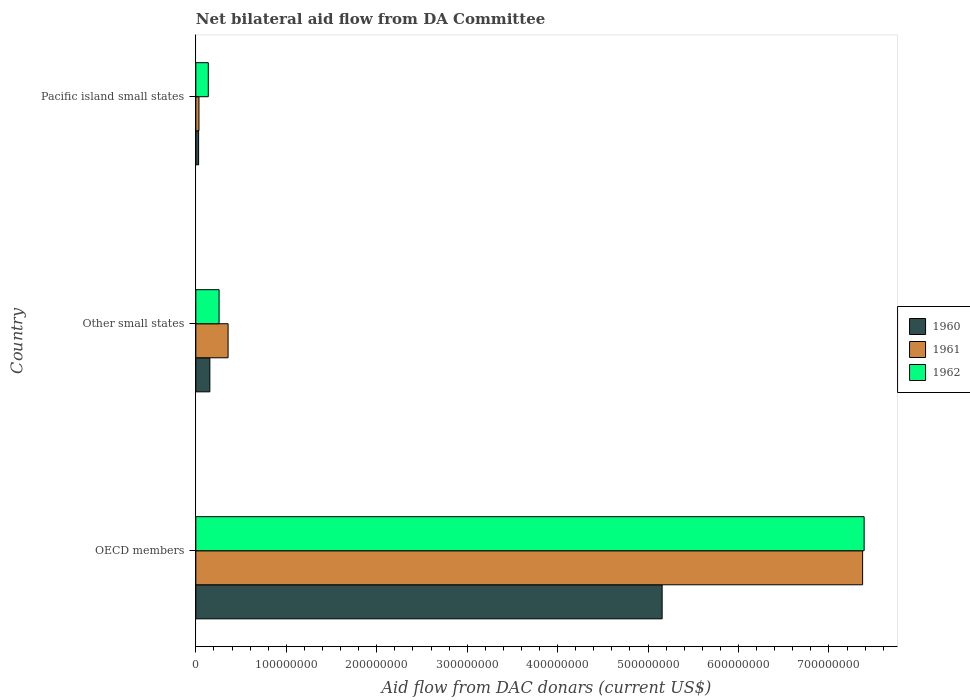
| Country | 1960 | 1961 | 1962 |
 | --- | --- | --- | --- |
 | OECD members | 5.16e+08 | 7.37e+08 | 7.39e+08 |
 | Other small states | 1.55e+07 | 3.57e+07 | 2.57e+07 |
 | Pacific island small states | 3.08e+06 | 3.47e+06 | 1.38e+07 |